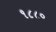
૧૮૮૦